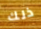
ذلك